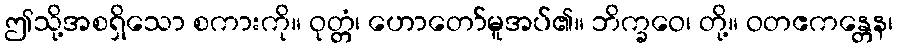
ဤသို့အစရှိသော စကားကို။ ဝုတ္တံ၊ ဟောတော်မူအပ်၏။ ဘိက္ခဝေ၊ တို့။ ဝတဧကန္တေန၊